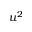
u ^ { 2 }